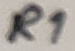
Text: R1